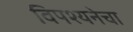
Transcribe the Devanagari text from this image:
विपश्यनेचा